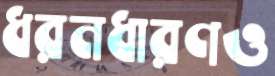
ধরনধারণও